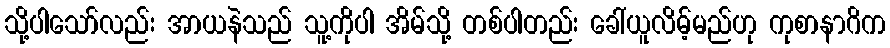
သို့ပါသော်လည်း အာယနဲသည် သူ့ကိုပါ အိမ်သို့ တစ်ပါတည်း ခေါ်ယူလိမ့်မည်ဟု ကုစာနာဂိက